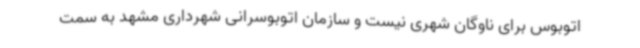
اتوبوس برای ناوگان شهری نیست و سازمان اتوبوسرانی شهرداری مشهد به سمت